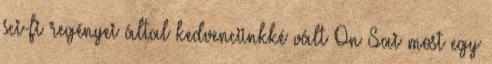
sci-fi regényei által kedvencünkké vált On Sai most egy